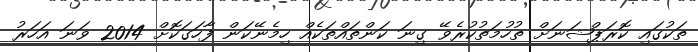
ތަކުގައި ކޮރަޕްޝަނަށް ތުހުމަތުކުރެވޭ ގިނަ ކަންތައްތަކެއް ހިމެނޭކަން ފާހަގަކޮށް 2014 ވަނަ އަހަރު